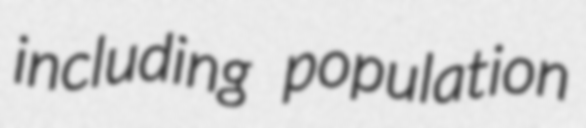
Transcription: including population